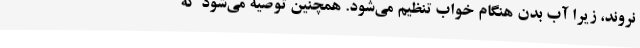
نروند، زیرا آب بدن هنگام خواب تنظیم می‌شود. همچنین توصیه می‌شود که